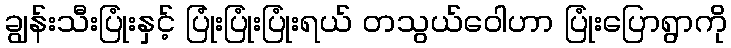
ချွန်းသီးပြုံးနှင့် ပြုံးပြုံးပြုံးရယ် တသွယ်ဝေါဟာ ပြုံးပြောရွာကို